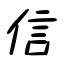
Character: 信